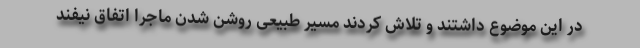
در این موضوع داشتند و تلاش کردند مسیر طبیعی روشن شدن ماجرا اتفاق نیفند